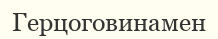
Герцоговинамен